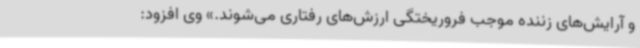
و آرایش‌های زننده موجب فروریختگی‌ ارزش‌های رفتاری می‌شوند.» وی افزود: